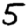
Digit: 5